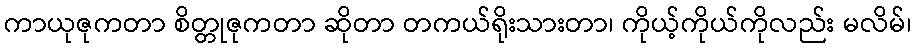
ကာယုဇုကတာ စိတ္တုဇုကတာ ဆိုတာ တကယ်ရိုးသားတာ၊ ကိုယ့်ကိုယ်ကိုလည်း မလိမ်၊